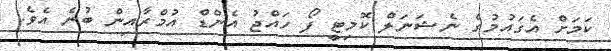
ކަމަށް އެގައުމުގެ ނެޝަނަލް ކޮމިޓީ ފޯ ހައްޖު އެންޑް އުމްރާއިން ބުނެ އެވެ.